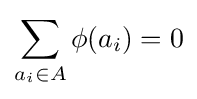
\sum _{a_{i}\in A}\phi (a_{i})=0